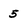
Character: 5